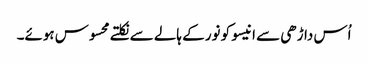
اُس داڑھی سے انیسو کو نور کے ہالے سے نکلتے محسوس ہوئے۔